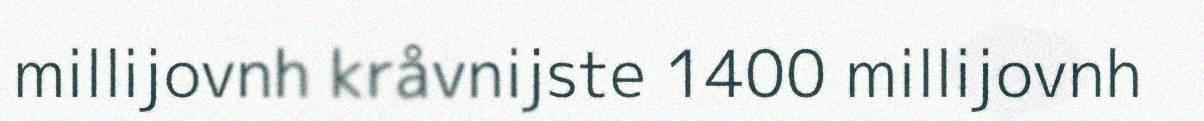
millijovnh kråvnijste 1400 millijovnh